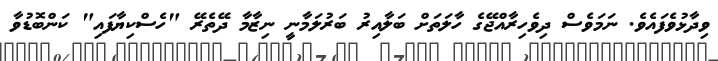
ވިދާޅުވެފައެވެ. ނަމަވެސް ދިވެހިރާއްޖޭގެ ހާލަތަށް ބަލާއިރު ބަރުލަމާނީ ނިޒާމާ ދޭތެރޭ "ހެސްކިޔާފައި" ކަންބޮޑުވާ